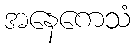
အနေကေသံ